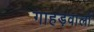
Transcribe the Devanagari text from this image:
गाहड़वालों